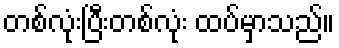
တစ်လုံးပြီးတစ်လုံး ထပ်မှာသည်။